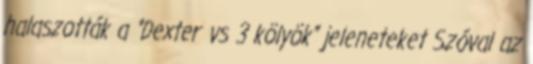
halaszották a “Dexter vs 3 kölyök” jeleneteket Szóval az